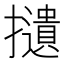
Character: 𢸦